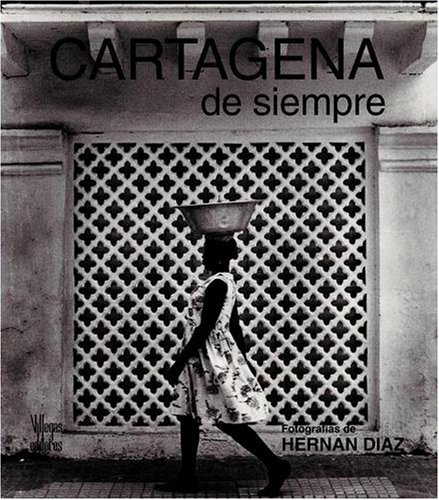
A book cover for Cartagena de siempre; Hernan Diaz; Arts & Photography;